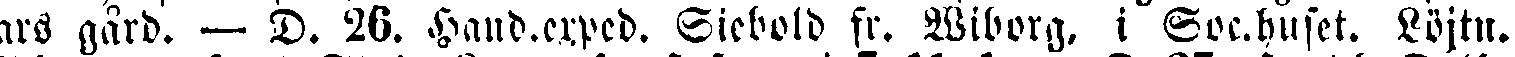
ars gård. — D. 26. Hand.exped. Siebold fr. Wiborg. i Soc.huset. Löjtn.